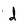
Character: d